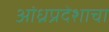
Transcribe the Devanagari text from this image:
आंध्रप्रदेशाचा